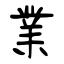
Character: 業